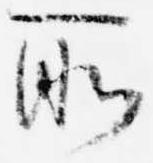
所